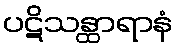
ပဋိသန္ထာရာနံ